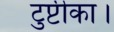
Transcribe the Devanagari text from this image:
टुप्टीका।